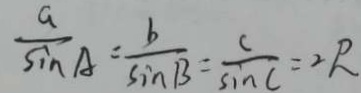
\frac { a } { \sin A } = \frac { b } { \sin B } = \frac { c } { \sin C } = 2 R